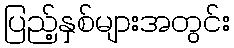
ပြည့်နှစ်များအတွင်း